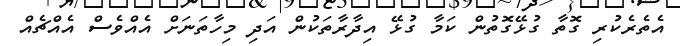
އެތެރެކުރި ގޮތާ ގުޅޭގޮތުން ކަމާ ގުޅޭ އިދާރާތަކުން އަދި މިހާތަނަށް އެއްވެސް އެއްޗެއް